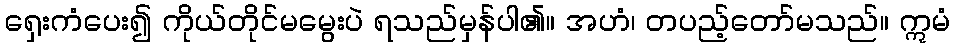
ရှေးကံပေး၍ ကိုယ်တိုင်မမွေးပဲ ရသည်မှန်ပါ၏။ အဟံ၊ တပည့်တော်မသည်။ ဣမံ